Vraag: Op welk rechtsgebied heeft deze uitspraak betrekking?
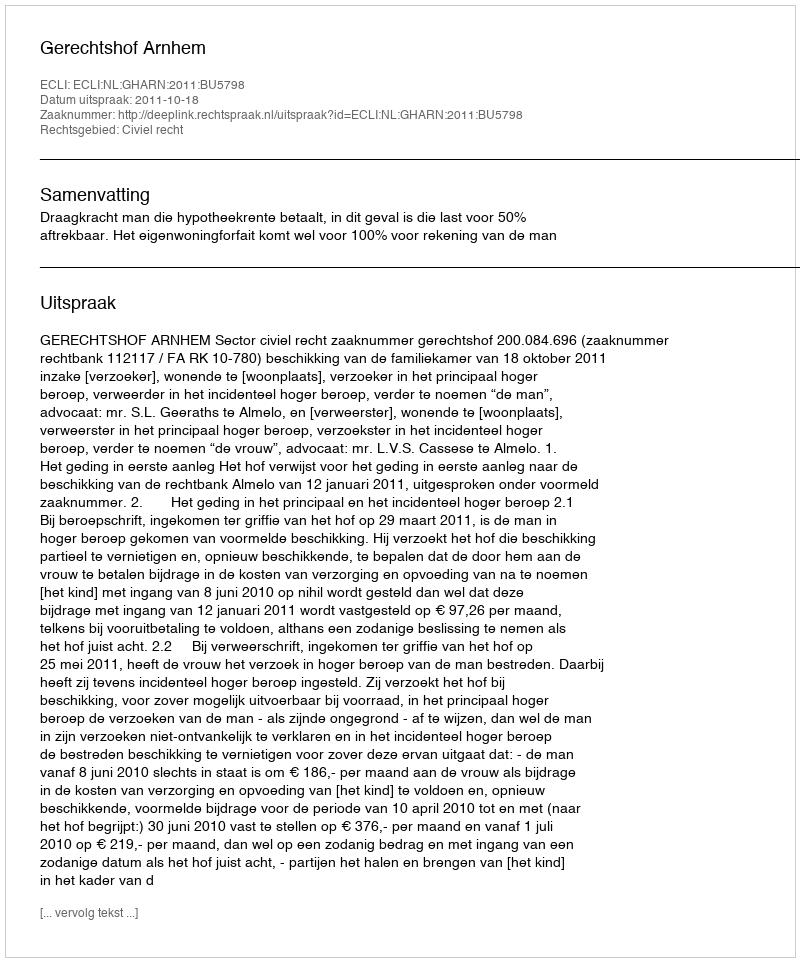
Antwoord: Civiel recht